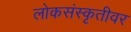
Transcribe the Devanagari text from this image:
लोकसंस्कृतीवर